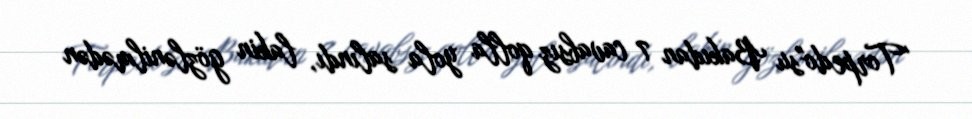
"Torpedo"su Bakıdan 7 cavabsız qolla yola salındı, lakin gözlənilmədən